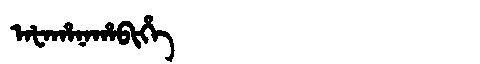
Manchu: ᠠᡶᠠᡥᠠᠨᠠᡥᠠᠪᡳᡥᡝ
Romanization: AFAHANAHABIHE